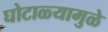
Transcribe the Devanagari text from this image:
घोटाळ्यामुळे